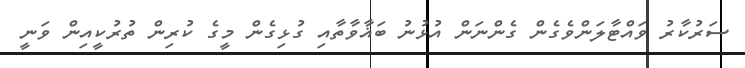
ސަރުކާރު ވައްޓާލަންވެގެން ގެންނަން އުޅުނު ބަޣާވާތާއި ގުޅިގެން މީގެ ކުރިން ތުރުކީއިން ވަނީ